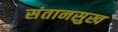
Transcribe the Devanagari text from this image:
संतानसुख